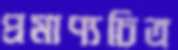
প্রমাণ্যচিত্র